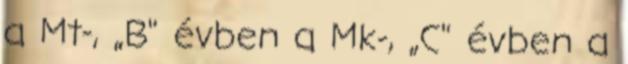
a Mt-, „B" évben a Mk-, „C" évben a